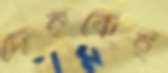
দেহকেই